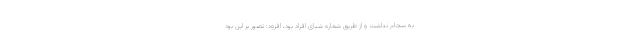
به سجام نداشت و از طریق شماره شبای افراد بود، افزود: تصور بر این بود